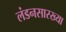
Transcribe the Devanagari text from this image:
लंडनसारख्या